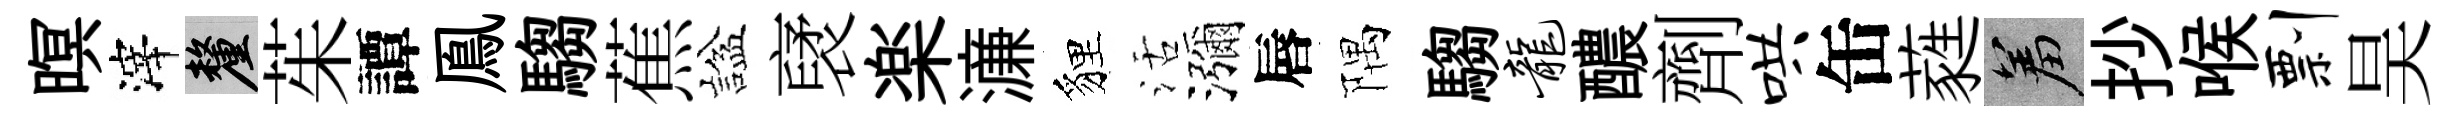
暝滓厘茱譚鳯騶蕉諡裦楽濓貍活瀰唇隅騶龙醲劑哄缶蕤羞抄喉剽昊